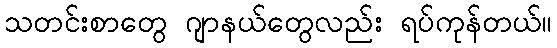
သတင်းစာတွေ ဂျာနယ်တွေလည်း ရပ်ကုန်တယ်။